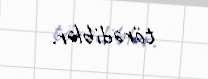
törədiblər.